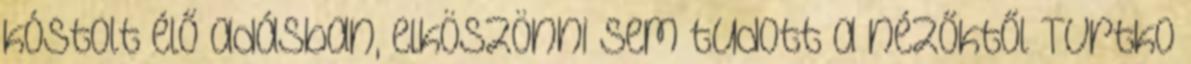
kóstolt élő adásban, elköszönni sem tudott a nézőktől Tvrtko